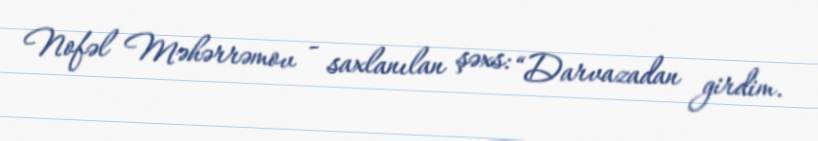
Nofəl Məhərrəmov - saxlanılan şəxs: “Darvazadan girdim.